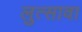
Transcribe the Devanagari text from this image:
लुत्सावा